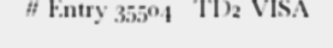
# Entry 35504 - TD2_VISA